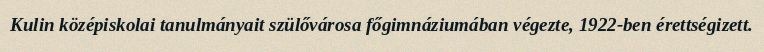
Kulin középiskolai tanulmányait szülővárosa főgimnáziumában végezte, 1922-ben érettségizett.